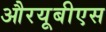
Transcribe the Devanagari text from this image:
औरयूबीएस